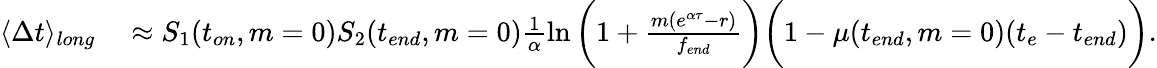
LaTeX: \begin{array}{rl}{\langle\Delta t\rangle_{long}}&{{}\approx S_{1}(t_{on},m=0)S_{2}(t_{end},m=0)\frac{1}{\alpha}\ln{\bigg(1+\frac{m(e^{\alpha\tau}-r)}{f_{end}}\bigg)}\bigg(1-\mu(t_{end},m=0)(t_{e}-t_{end})\bigg).}\end{array}